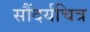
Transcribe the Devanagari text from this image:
सौंदर्यचित्र